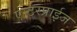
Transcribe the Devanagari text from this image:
एन्टरप्राईज